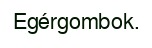
Egérgombok.